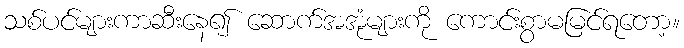
သစ်ပင်များကာဆီးနေ၍ ဆောက်အအုံများကို ကောင်းစွာမမြင်ရတော့။